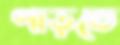
পাড়তে